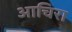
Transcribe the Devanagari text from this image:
आचिरा